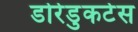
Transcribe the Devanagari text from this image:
डोरेडुकटेस